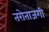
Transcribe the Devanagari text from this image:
तरोताजगी